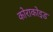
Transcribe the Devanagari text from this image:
कोराकोइड